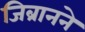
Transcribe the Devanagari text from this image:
जिब्रानने